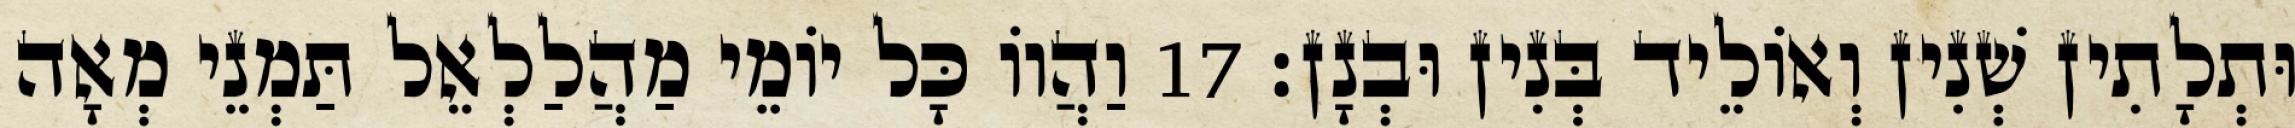
וּתְלָתִין שְׁנִין וְאוֹלֵיד בְּנִין וּבְנָן׃ 17 וַהֲווֹ כָּל יוֹמֵי מַהֲלַלְאֵל תַּמְנֵי מְאָה